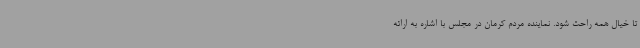
تا خیال همه راحت شود. نماینده مردم کرمان در مجلس با اشاره به ارائه